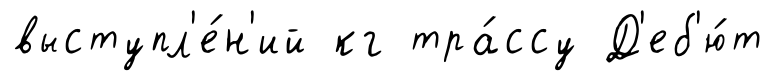
выступл'е́н'ий кг тра́ссу Д'еб'ю́т